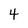
Character: 4